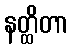
နတ္ထိတာ